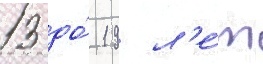
13 до́ 19 л'е́т